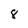
Character: 8